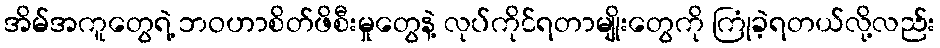
အိမ်အကူတွေရဲ့ ဘဝဟာစိတ်ဖိစီးမှုတွေနဲ့ လုပ်ကိုင်ရတာမျိုးတွေကို ကြုံခဲ့ရတယ်လို့လည်း